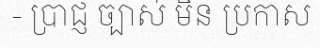
- ប្រាជ្ញ ច្បាស់ មិន ប្រកាស